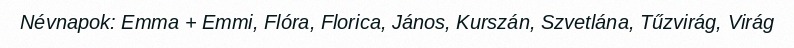
Névnapok: Emma + Emmi, Flóra, Florica, János, Kurszán, Szvetlána, Tűzvirág, Virág